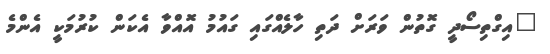
"އިގްތިސޯދީ ގޮތުން ވަރަށް ދަތި ހާލެއްގައި ގައުމު އޮއްވާ އެކަން ކުރުމަކީ އެންމެ